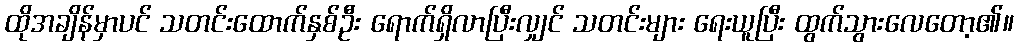
ထိုအချိန်မှာပင် သတင်းထောက်နှစ်ဦး ရောက်ရှိလာပြီးလျှင် သတင်းများ ရေးယူပြီး ထွက်သွားလေတော့၏။